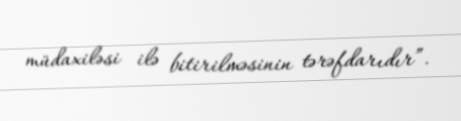
müdaxiləsi ilə bitirilməsinin tərəfdarıdır”.